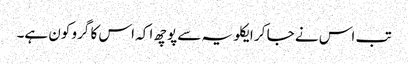
تب اس نے جا کر ایکلویہ سے پوچھ ا کہ اس کا گرو کون ہے۔